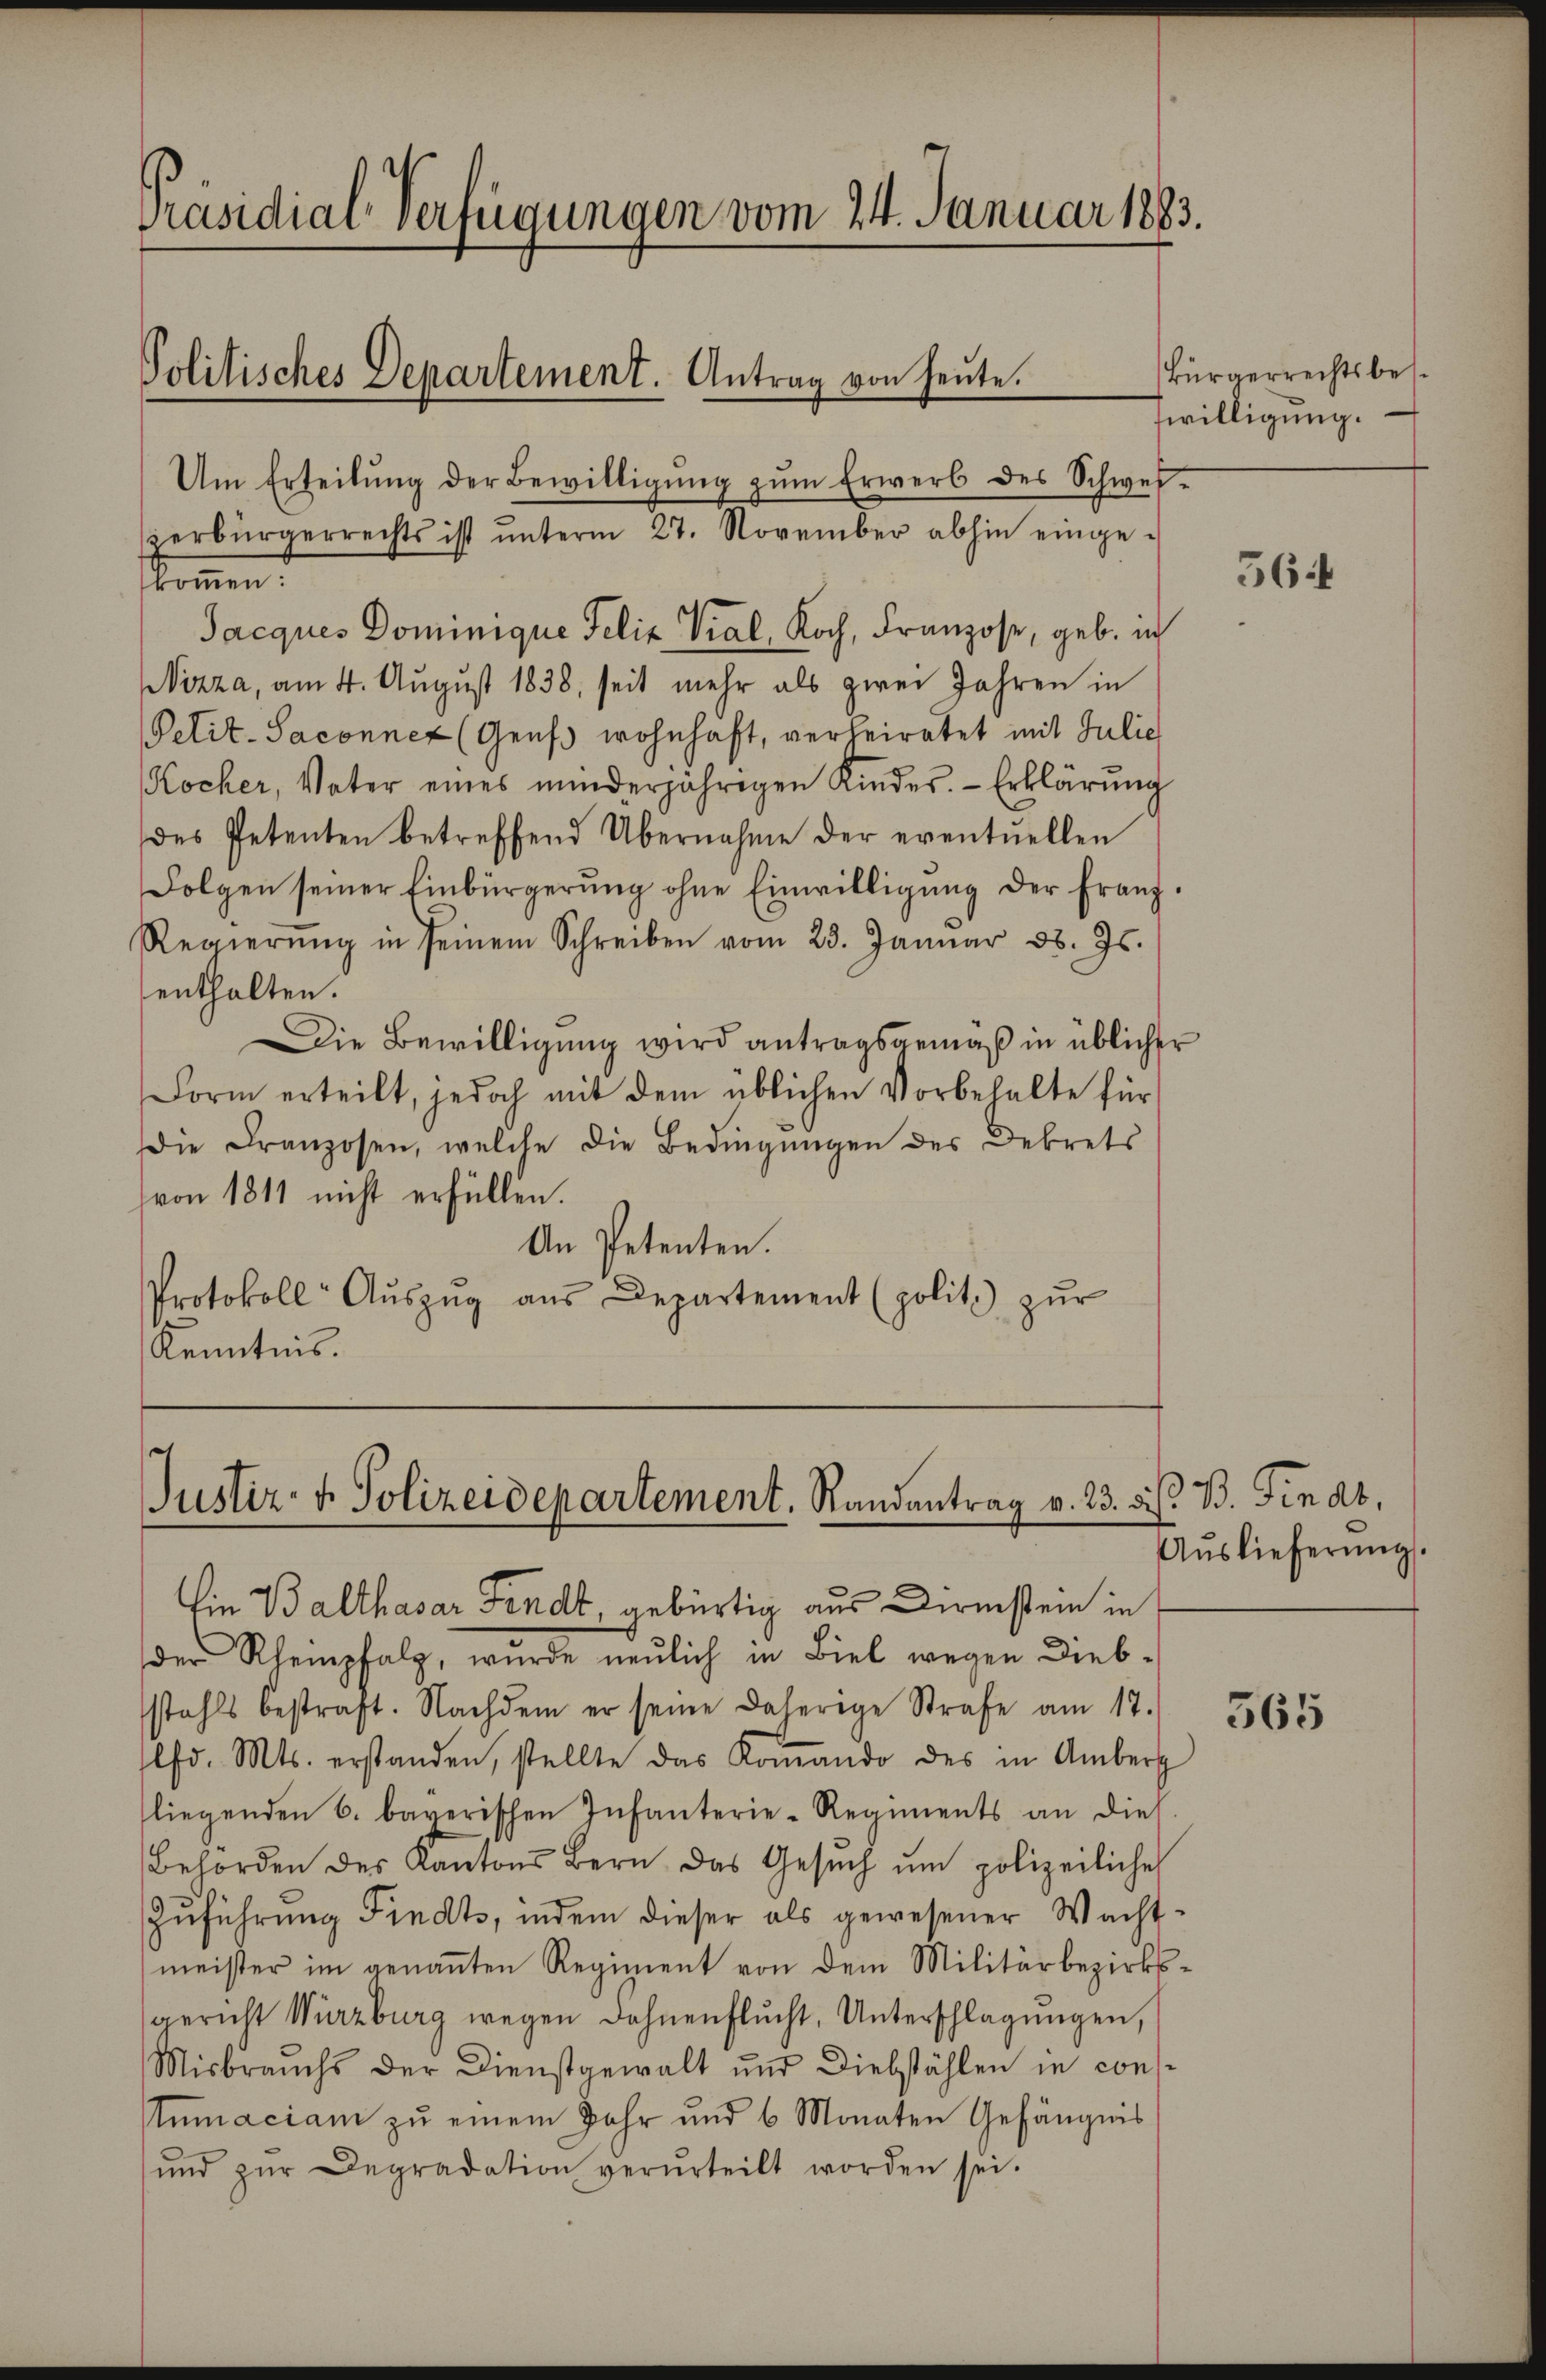
Präsidial-Verfügungen vom 24. Januar 1883.
Politisches Departement. Antrag von heŭte.
Um Erteilŭng der Bewilligŭng zŭm Erwerb des Schwei-
zerbürgerrechts ist ŭnterm 27. November abhin einge-
kommen.

Jacques Dominique Felix Vial, Koch, Franzose, geb. in
Nizza, am 4. August 1838, seit mehr als zwei Jahren in
Petit-Saconnet (Genf wohnhaft, verheiratet mit Julie
Kocher, Vater eines minderjährigen Kindes. Erklärung
des Petenten betreffend Übernahme der eventuellen
Folgen seiner Einbürgerŭng ohne Einwilligŭng der Franz.
Regierŭng in seinem Schreiben vom 23. Januar d. Js.
enthalten.
Die Bewilligŭng wird antragsgemäß in üblicher
Form erteilt, jedoch mit dem üblichen Vorbehalte für
Die Franzosen, welche die Bedingungen des Dekrets
von 1811 nicht erfüllen.
An Petenten.
Protokoll- Aŭszŭg aŭs Departement (polit. zŭr
Kenntnis.

Justiz- & Polizeidepartement, Randantrag v. 23. d.
Ein Balthasar Fendt, gebürtig aus Dirnstein in

der Rhempfalz, wurde neulich in Biel wegen Diebstahls bestraft. Nachdem er seine daherige Strafe am 17.
lfd. Mts. erstanden, stellte das Koṁando des in Amberg
liegenden 6. bayerischen Infanterie-Regiments an dies
Behörden des Kantons Bern das Gesŭch ŭm polizeiliche
Zuführung Findts, indem dieser als gewesener Wacht-
meister im genannten Regiment von dem Militärbezirksgericht Würzburg wegen Lohnenflŭcht, Unterschlagungen,
Misbrauchs der Dienstgewalt und Diebstählen in constumaciam zu einem Jahr und 6 Monaten Gefängnis
ŭnd zŭr Degradation verurteilt worden sei.

Bürgerrechtsbes.
willigung.

564

B. Findt,
Aŭslieferŭng.

565